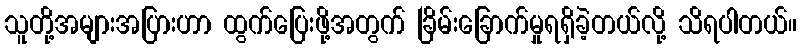
သူတို့အများအပြားဟာ ထွက်ပြေးဖို့အတွက် ခြိမ်းခြောက်မှုရရှိခဲ့တယ်လို့ သိရပါတယ်။